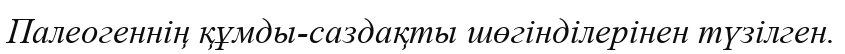
Палеогеннің құмды-саздақты шөгінділерінен түзілген.